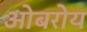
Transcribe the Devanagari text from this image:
ओबरोय